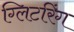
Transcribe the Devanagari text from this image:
ग्लिटरिंग